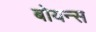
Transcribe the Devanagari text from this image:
बोयन्स